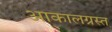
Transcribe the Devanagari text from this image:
आकालग्रस्त